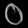
Digit: ၀